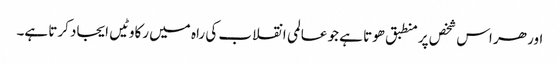
اور ھر اس شخص پر منطبق ھوتا ہے جو عالمی انقلاب کی راہ میں رکاوٹیں ایجاد کرتا ہے۔